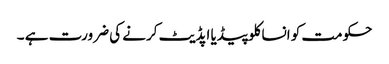
حکومت کو انساکلوپیڈیا اپڈیٹ کرنے کی ضرورت ہے ۔